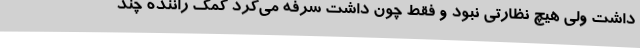
داشت ولی هیچ نظارتی نبود و فقط چون داشت سرفه می‌کرد کمک راننده چند